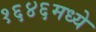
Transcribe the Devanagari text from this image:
१६४६मध्ये